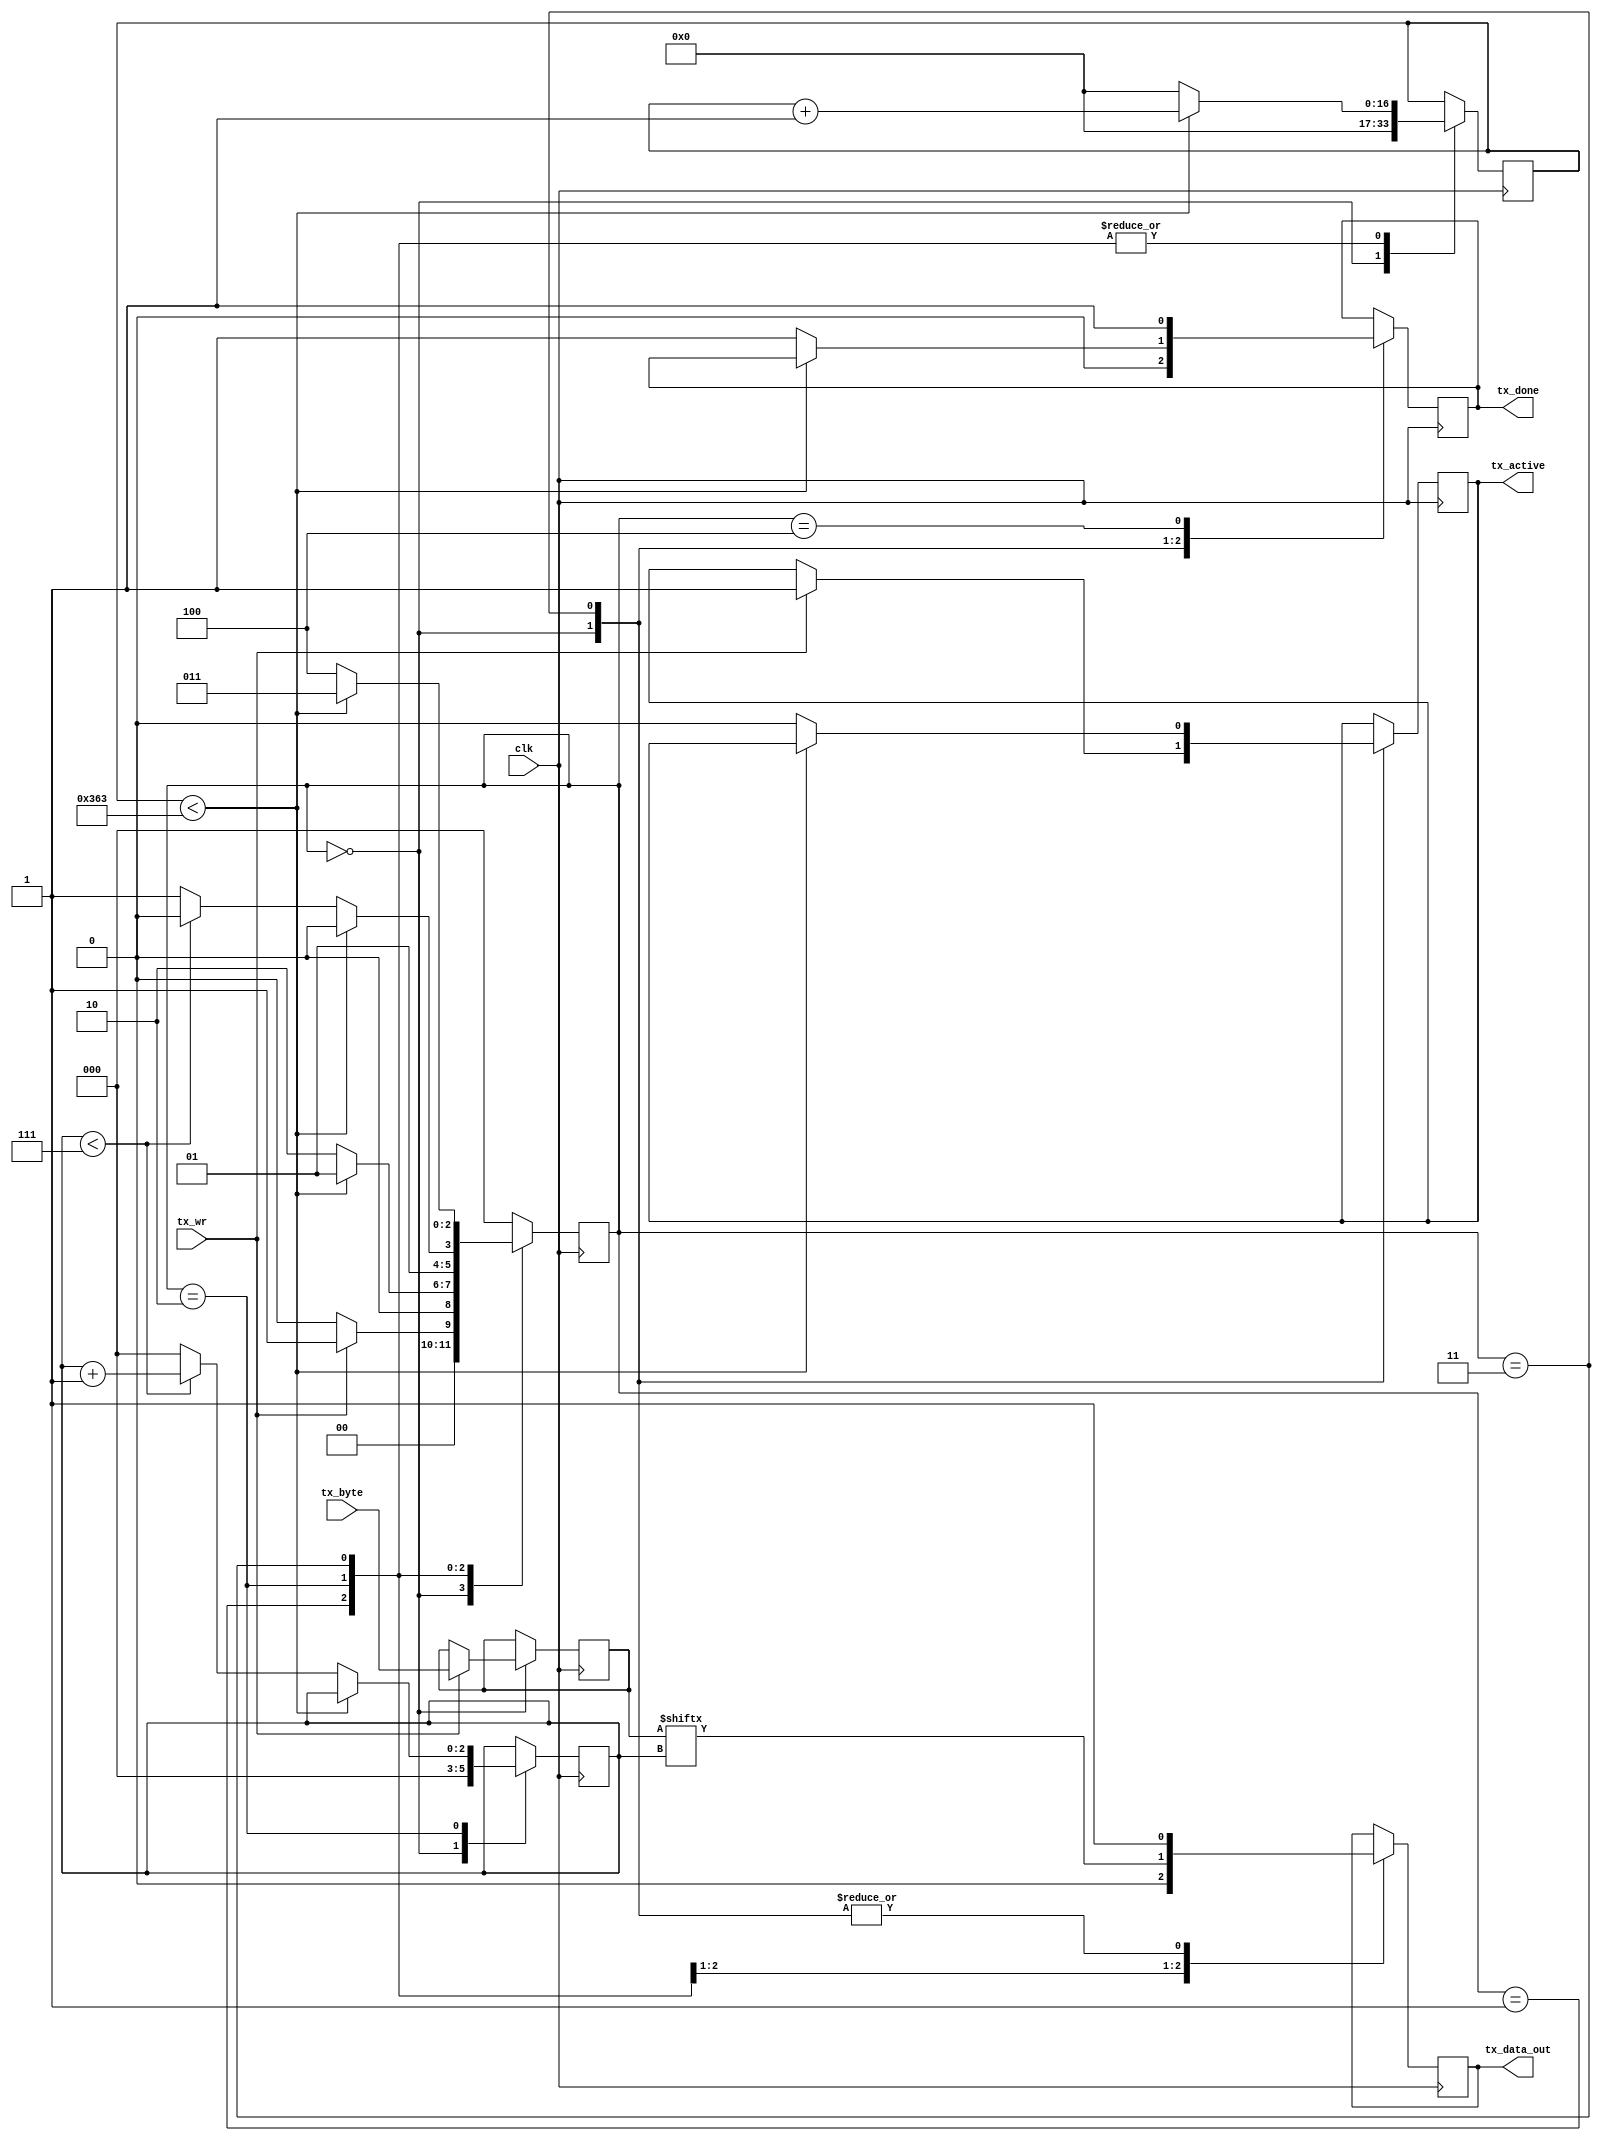
`timescale 1ns / 1ps
//////////////////////////////////////////////////////////////////////////////////
// Company: 
// Engineer: 
// 
// Design Name: 
// Module Name: uart_tx
// Project Name: 
// Target Devices: 
// Tool Versions: 
// Description: 
// 
// Dependencies: 
// 
// Revision:
// Revision 0.01 - File Created
// Additional Comments:
// 
//////////////////////////////////////////////////////////////////////////////////


module uart_tx(
    input wire       clk,         // Input clock from FPGA, 100 MHz (10 ns)
	input wire       tx_wr,       // TX write flag
	input wire [7:0] tx_byte,     // Byte of data to write
	output reg       tx_active,   // Flag to indicate TX is in process
	output reg       tx_data_out, // UART TX Serial Data out
	output reg       tx_done      // TX Flag to indicate done writing byte
   );
	
	// UART Standard Rates: 1200, 2400, 4800, 19200, 38400, 57600, 115200
	parameter UART_RATE = 115200;
	parameter CLK_RATE  = 100000000;  // 100 MHz
	
	// State definitions
	// Use localparams so these cannot be changed
	localparam STATE_IDLE         = 3'b000;
	localparam STATE_TX_START_BIT = 3'b001;
	localparam STATE_TX_DATA_BITS = 3'b010;
	localparam STATE_TX_STOP_BIT  = 3'b011;
	localparam STATE_CLEANUP      = 3'b100;
	
	reg [2:0] state = STATE_IDLE;  // register to save current state;
	
	// Clock Counter
	// Max value of clk_cnt if Baud rate is changed is 100 MHz / 1200 Baud = 83333
	// which requires 17 bits to store
	reg [16:0] clk_cnt = 17'd0;
	
	reg [2:0] bit_idx = 3'd0; // Bit index to count for bytes
	
	reg [7:0] tx_data = 8'd0; // register to hold tx data

	// TX State Machine
	always @ (posedge clk) begin
		case (state)
			STATE_IDLE: begin
				tx_data_out <= 1'b1;  // Drive high while idle
				tx_done <= 1'b0;
				clk_cnt <= 0; //reset counter
				bit_idx <= 3'd0;
				
				// If write enable is active
				if (tx_wr == 1'b1) begin
					tx_active <= 1'b1;
					tx_data <= tx_byte;
					state <= STATE_TX_START_BIT;
				end
				// otherwise remain in idle state
				else begin
					state <= STATE_IDLE;
				end
			end
			
			STATE_TX_START_BIT: begin
				tx_data_out <= 1'b0;  // Low start bit
				
				// Wait for bit width
				if (clk_cnt < ((CLK_RATE / UART_RATE) - 1)) begin
					clk_cnt <= clk_cnt + 1'b1; //increment counter
					state <= STATE_TX_START_BIT;  // stay in state
				end
				// bit width reached
				else begin
					clk_cnt <= 0; //reset counter
					state <= STATE_TX_DATA_BITS;  // move to tx data bits state
				end
			end
			
			STATE_TX_DATA_BITS: begin
				tx_data_out <= tx_data[bit_idx];  // Write Bit
				
				// Wait for bit width
				if (clk_cnt < ((CLK_RATE / UART_RATE) - 1)) begin
					clk_cnt <= clk_cnt + 1'b1; //increment counter
					state <= STATE_TX_DATA_BITS;  // stay in state
				end
				// Index through Data bits
				else begin
					clk_cnt <= 0; //reset counter
					
					// check if we received 8 bits
					if (bit_idx < 7) begin
						bit_idx <= bit_idx + 1'b1;  // increment bit index
						state <= STATE_TX_DATA_BITS; // stay in this state
					end
					// transmitted a byte
					else begin
						bit_idx <= 3'd0;  // reset bit index
						state <= STATE_TX_STOP_BIT; // move to stop bit state
					end
				end
			end
			
			STATE_TX_STOP_BIT: begin
				tx_data_out <= 1'b1;  // High Stop bit
				
				// Wait for bit width
				if (clk_cnt < ((CLK_RATE / UART_RATE) - 1)) begin
					clk_cnt <= clk_cnt + 1'b1; //increment counter
					state <= STATE_TX_STOP_BIT;  // stay in state
				end
				// Stop bit
				else begin
					tx_done <= 1'b1;
					clk_cnt <= 0; //reset counter
					tx_active <= 1'b0;
					state <= STATE_CLEANUP;  // move on to cleanup state
				end
			end
			
			STATE_CLEANUP: begin
				tx_done <= 1'b1;
				state <= STATE_IDLE;
			end
			
			default: begin
				state <= STATE_IDLE;
			end
			
		endcase	
	end
endmodule